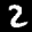
Label: 2